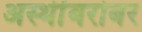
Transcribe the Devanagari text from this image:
अस्थींबरोबर